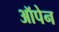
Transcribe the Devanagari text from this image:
ऑपेन